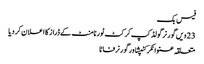
فیس بک
23 ویں گورنر گولڈ کپ کرکٹ ٹورنامنٹ کے ڈراز کا اعلان کر دیا
متعلقہ عنوانکرکٹپشاورگورنرفاٹا